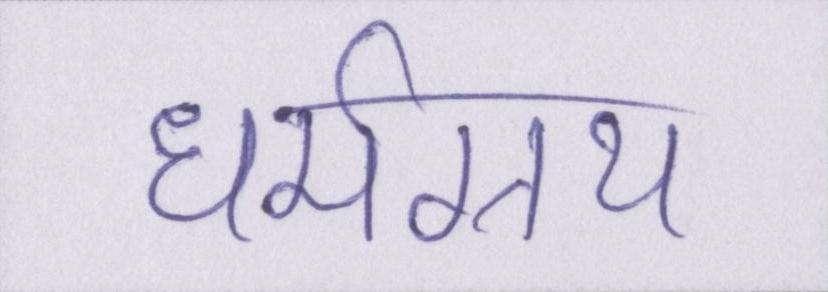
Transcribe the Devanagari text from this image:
धर्मग्रन्थ